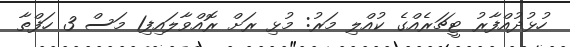
ހުޅުދުއްފާރު ޓީޗަރެއްގެ ކުއްލި މަރު: މުޅި ރަށް ރޮއްވާލައިފި1 މަސް 3 ހަފްތާ